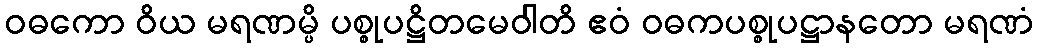
ဝဓကော ဝိယ မရဏမ္ပိ ပစ္စုပဋ္ဌိတမေဝါတိ ဧဝံ ဝဓကပစ္စုပဋ္ဌာနတော မရဏံ